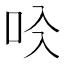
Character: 𠯱